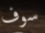
سوف